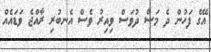
އޭގެ ފަހުން ދެ މަސް ދުވަސް ވިއިރު ވެސް އެނބުރި ރާއްޖެ ވަޑައެއް